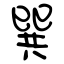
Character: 巽